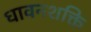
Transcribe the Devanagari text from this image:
धावनशक्ति